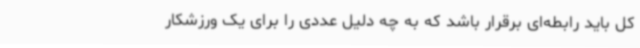
کل باید رابطه‌ای برقرار باشد که به چه دلیل عددی را برای یک ورزشکار